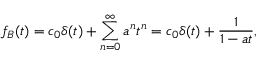
f _ { B } ( t ) = c _ { 0 } \delta ( t ) + \sum _ { n = 0 } ^ { \infty } a ^ { n } t ^ { n } = c _ { 0 } \delta ( t ) + { \frac { 1 } { 1 - a t } } ,